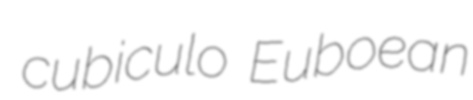
cubiculo Euboean